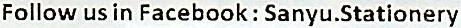
FOLLOW US IN FACEBOOK : SANYU.STATIONERY